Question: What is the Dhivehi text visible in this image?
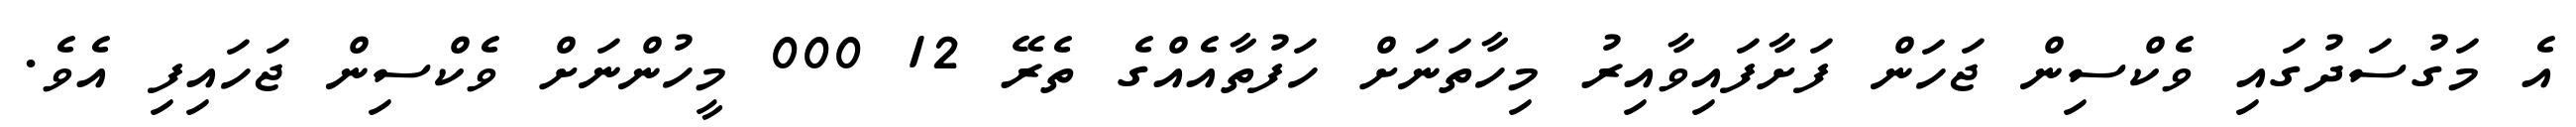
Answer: އެ މަގުސަދުގައި ވެކްސިން ޖަހަން ފަށާފައިވާއިރު މިހާތަނަށް ހަފުތާއެއްގެ ތެރޭ 12 000 މީހުންނަށް ވެކްސިން ޖަހައިފި އެވެ.